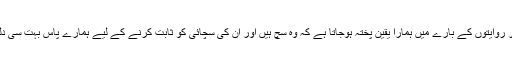
دراصل بہت سی باتوں اور روایتوں کے بارے میں ہمارا یقین پختہ ہوجاتا ہے کہ وہ سچ ہیں اور ان کی سچائی کو ثابت کرنے کے لیے ہمارے پاس بہت سی دلیلیں بھی موجود ہوتی ہیں۔